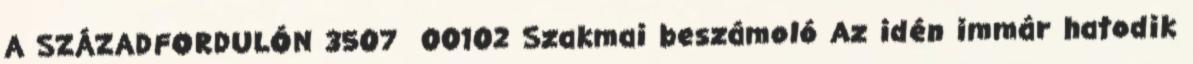
A SZÁZADFORDULÓN 3507 00102 Szakmai beszámoló Az idén immár hatodik